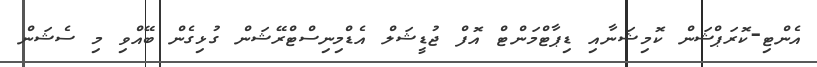
އެންޓި-ކޮރަޕްޝަން ކޮމިޝަނާއި ޑިޕާޓްމަންޓް އޮފް ޖުޑީޝަލް އެޑްމިނިސްޓްރޭޝަން ގުޅިގެން ބޭއްވި މި ސެޝަން